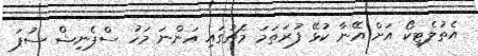
އެތުލެޓިކޯ އަށް އޭނާ ކުޅޭ ފުރަތަމަ މެޗުގައި އަންނަ މަހު ސްޕެނިޝް ސުޕަ